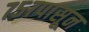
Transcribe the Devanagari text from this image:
७५७पासून